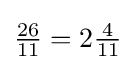
{\tfrac {26}{11}}=2{\tfrac {4}{11}}